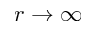
r \rightarrow \infty